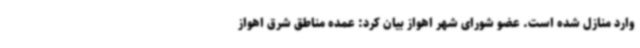
وارد منازل شده است. عضو شورای شهر اهواز بیان کرد: عمده مناطق شرق اهواز